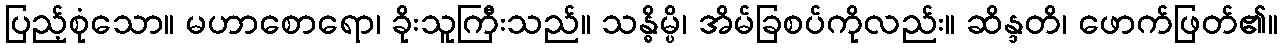
ပြည့်စုံသော။ မဟာစောရော၊ ခိုးသူကြီးသည်။ သန္ဓိမ္ပိ၊ အိမ်ခြစပ်ကိုလည်း။ ဆိန္ဒတိ၊ ဖောက်ဖြတ်၏။